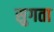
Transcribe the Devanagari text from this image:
सुगता